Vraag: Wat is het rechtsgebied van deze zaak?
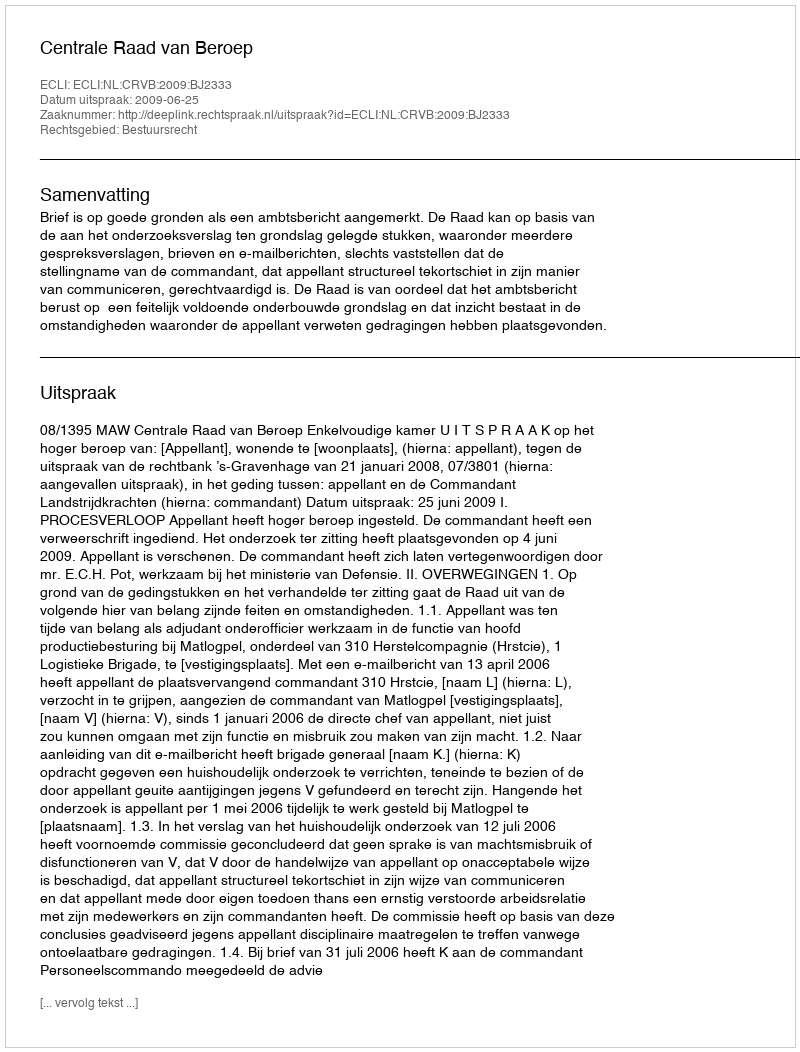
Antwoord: Bestuursrecht